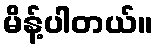
မိန့်ပါတယ်။